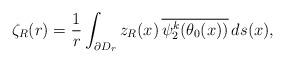
LaTeX: \begin{align*}\zeta_R(r)=\frac1r\int_{\partial D_r}z_R(x)\,\overline{\psi^k_2(\theta_0(x))}\,ds(x),\end{align*}